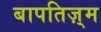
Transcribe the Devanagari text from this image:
बापतिज़्म